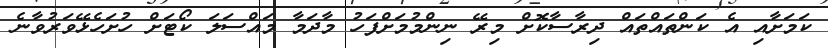
ކަމަށާއި އެ ކަންތައްތައް ދިރާސާކޮށް މިރޭ ނިންމުމަށްފަހު މާދަމާ މައްސަލަ ކޯޓަށް ހުށަހެޅޭވަރުވާނެ